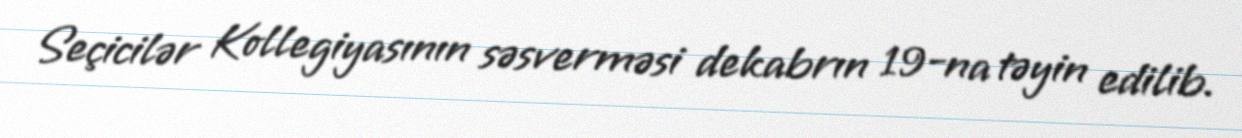
Seçicilər Kollegiyasının səsverməsi dekabrın 19-na təyin edilib.